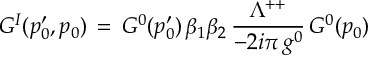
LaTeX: G ^ { I } ( p _ { 0 } ^ { \prime } , p _ { 0 } ) \, = \, G ^ { 0 } ( p _ { 0 } ^ { \prime } ) \, \beta _ { 1 } \beta _ { 2 } \, { \frac { \Lambda ^ { + + } } { - 2 i \pi \, g ^ { 0 } } } \, G ^ { 0 } ( p _ { 0 } )